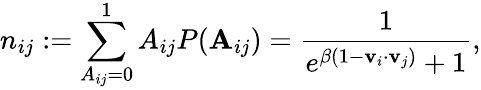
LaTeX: n_{ij}:=\sum_{A_{ij}=0}^{1}A_{ij}P(\mathbf A_{ij})=\frac{1}{e^{\beta(1-\mathbf{v}_{i}\cdot\mathbf{v}_{j})}+1},